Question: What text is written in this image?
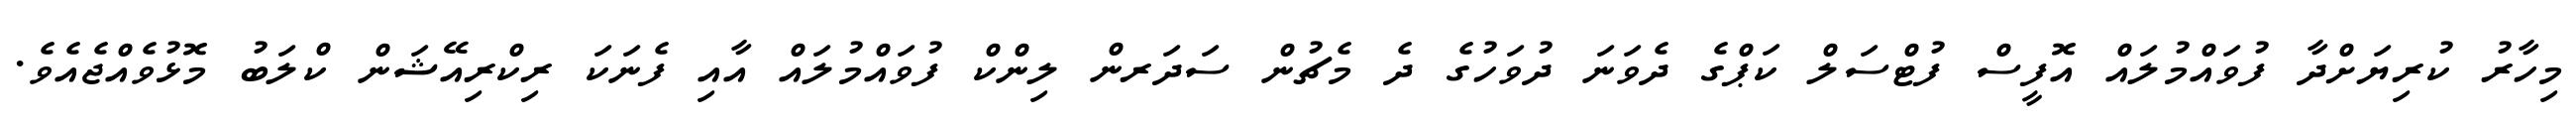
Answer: މިހާރު ކުރިޔަށްދާ ފުވައްމުލައް އޮފީސް ފުޓްސަލް ކަޕްގެ ދެވަނަ ދުވަހުގެ ދެ މެޗުން ސަދަރން ލިންކް ފުވައްމުލައް އާއި ފެނަކަ ރިކްރިއޭޝަން ކްލަބު މޮޅުވެއްޖެއެވެ.